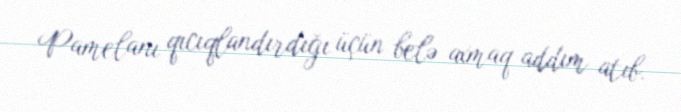
Pamelanı qıcıqlandırdığı üçün belə axmaq addım atıb.